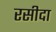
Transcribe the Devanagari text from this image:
रसीदा